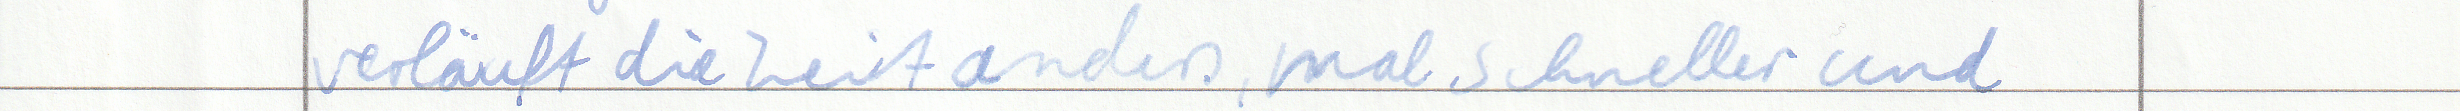
verläuft die Zeit anders, mal schneller und